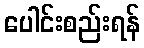
ပေါင်းစည်းရန်